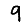
Digit: 9